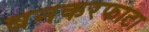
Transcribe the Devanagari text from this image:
बनकरफाटा